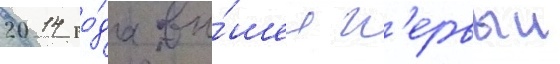
2014 го́да вы́шел п'ервыи